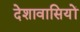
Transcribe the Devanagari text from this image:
देशावासियों